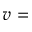
v =